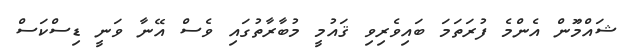
ޝައްމަޫން އެންމެ ފުރަތަމަ ބައިވެރިވި ޤައުމީ މުބާރާތުގައި ވެސް އޭނާ ވަނީ ޑިސްކަސް